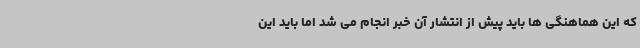
که این هماهنگی ها باید پیش از انتشار آن خبر انجام می شد اما باید این